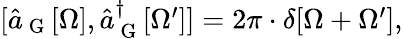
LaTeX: \begin{array}{r}{[\hat{a}_{\mathrm{~G~}}[\Omega],\hat{a}_{\mathrm{~G~}}^{\dagger}[\Omega^{\prime}]]=2\pi\cdot\delta[\Omega+\Omega^{\prime}],}\end{array}